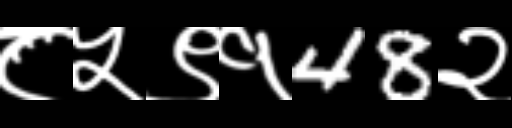
Text: ८५९१48२